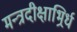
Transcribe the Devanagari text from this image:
मन्त्रदीक्षाभिर्र्ध